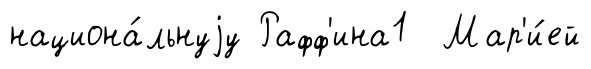
национа́льнуjу Рафф'ина1 Мар'и́ей